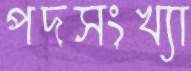
পদসংখ্যা